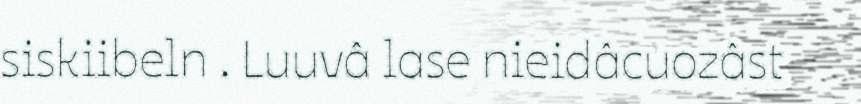
siskiibeln . Luuvâ lase nieidâcuozâst